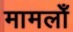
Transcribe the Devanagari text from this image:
मामलोँ